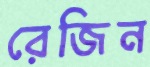
রেজিন